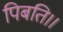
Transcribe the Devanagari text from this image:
पिबति।।